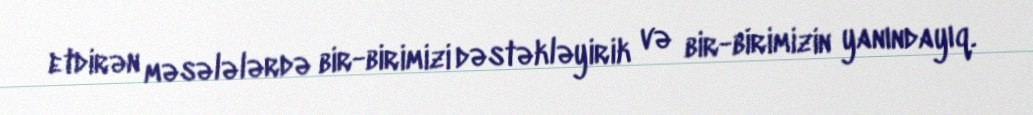
etdirən məsələlərdə bir-birimizi dəstəkləyirik və bir-birimizin yanındayıq.